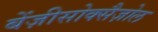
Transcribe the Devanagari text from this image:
बेंज़ीसोक्सैज़ोल